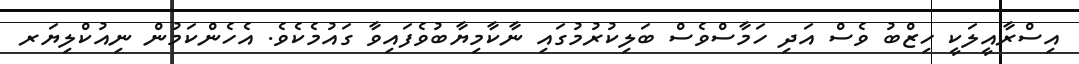
އިސްރާއީލަކީ ހިޒްބު ވެސް އަދި ހަމާސްވެސް ބަލިކުރުމުގައި ނާކާމިޔާބުވެފައިވާ ގައުމެކެވެ. އެހެންކަމުން ނިއުކްލިޔަރ